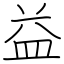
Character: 益